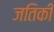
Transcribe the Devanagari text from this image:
जतिकी